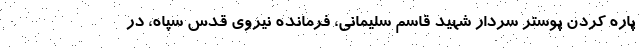
پاره کردن پوستر سردار شهید قاسم سلیمانی، فرمانده نیروی قدس سپاه، در